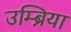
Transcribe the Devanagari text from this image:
उम्ब्रिया